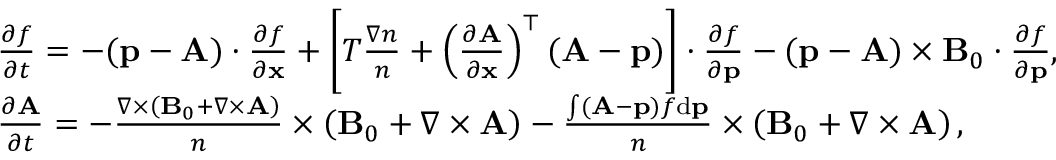
\begin{array} { r l } & { \frac { \partial f } { \partial t } = - ( { \mathbf p } - { \mathbf A } ) \cdot \frac { \partial f } { \partial { \mathbf x } } + \left[ T \frac { \nabla n } { n } + \left( \frac { \partial { \mathbf A } } { \partial \mathbf x } \right) ^ { \top } ( { \mathbf A } - { \mathbf p } ) \right] \cdot \frac { \partial f } { \partial { \mathbf p } } - ( { \mathbf p } - { \mathbf A } ) \times { \mathbf B } _ { 0 } \cdot \frac { \partial f } { \partial { \mathbf p } } , } \\ & { \frac { \partial { \mathbf A } } { \partial t } = - \frac { \nabla \times \left( { \mathbf B } _ { 0 } + \nabla \times { \mathbf A } \right) } { n } \times \left( { \mathbf B } _ { 0 } + { \nabla \times { \mathbf A } } \right) - \frac { \int ( { \mathbf A } - { \mathbf p } ) f \mathrm { d } { \mathbf p } } { n } \times \left( { { \mathbf B } _ { 0 } + \nabla \times { \mathbf A } } \right) , } \end{array}